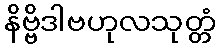
နိဗ္ဗိဒါဗဟုလသုတ္တံ